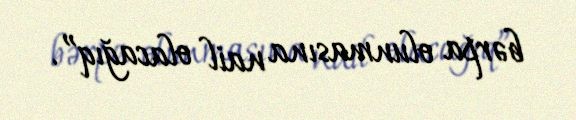
bərpa olunmasına nail olacağıq”.